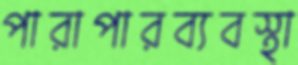
পারাপারব্যবস্থা